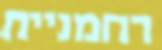
רחמניית